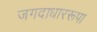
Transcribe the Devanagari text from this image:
जगदाधाररूपा